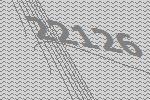
22126